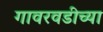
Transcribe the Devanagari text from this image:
गावरवडीच्या